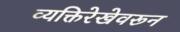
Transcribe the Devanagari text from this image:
व्यक्तिरेखेवरून